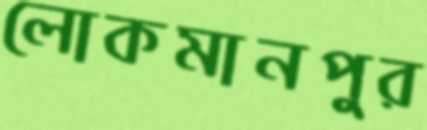
লোকমানপুর